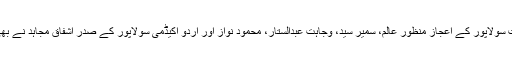
اس موقع پر فاروق سید سمیت سولاپور کے اعجاز منظور عالم، سمیر سید، وجاہت عبدالستار، محمود نواز اور اردو اکیڈمی سولاپور کے صدر اشفاق مجاہد نے بھی اپنے خیالات کا اظہار کیا۔